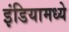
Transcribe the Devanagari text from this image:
इंडियामध्‍ये